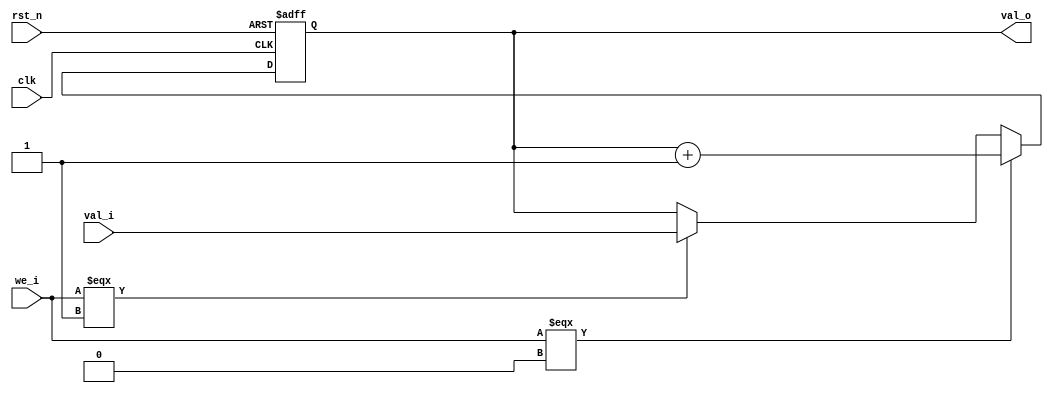
module timer (
    rst_n,
    clk,
    val_o,
    we_i,
    val_i
    );

    parameter CSR_XLEN = 64;



    input rst_n;
    input clk;

    input we_i;

    output [CSR_XLEN-1:0] val_o;
    input [CSR_XLEN-1:0] val_i;

    reg [CSR_XLEN-1:0] val_o; 


    always @ (posedge clk or negedge rst_n) begin
		// Async Reset
		if ( !rst_n ) begin
			val_o <= {CSR_XLEN{1'b0}}; //reset 
		end 
        else if (we_i === 1'b0) begin
            val_o <= val_o + 1;
        end
        else if (we_i === 1'b1) begin
            val_o <= val_i;
        end
	end

    
endmodule